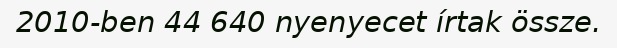
2010-ben 44 640 nyenyecet írtak össze.